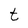
Character: t